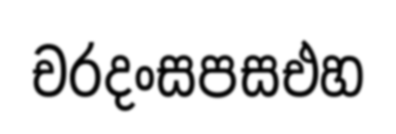
චරදංසපසඑහ